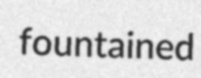
fountained